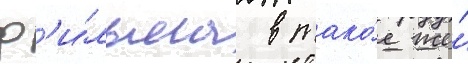
ф'и́льма в тако́е же́